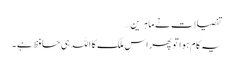
تفصیلات نے ماہرین…
یہ کام ہوا تو پھر اس ملک کا اللہ ہی حافظ ہے ۔